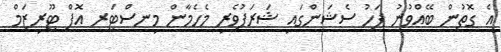
އެ ގޮތުން ބޭއްވުނު ފަހު ސެޝަންގައި ޝަރަފުވެރި މެހެމާން މިނސްޓަރ އޮފް ޓޫރިޒަމް